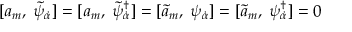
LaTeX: [ a _ { m } , \; \tilde { \psi } _ { \dot { \alpha } } ] = [ a _ { m } , \; \tilde { \psi } _ { \dot { \alpha } } ^ { \dagger } ] = [ \tilde { a } _ { m } , \; \psi _ { \dot { \alpha } } ] = [ \tilde { a } _ { m } , \; \psi _ { \dot { \alpha } } ^ { \dagger } ] = 0